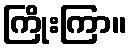
ကြိုးကြာ။